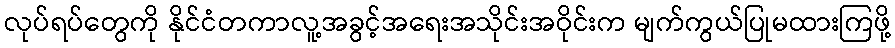
လုပ်ရပ်တွေကို နိုင်ငံတကာလူ့အခွင့်အရေးအသိုင်းအဝိုင်းက မျက်ကွယ်ပြုမထားကြဖို့